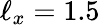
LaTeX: \ell_{x}=1.5